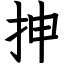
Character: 抻